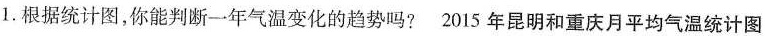
1.根据统计图，你能判断一年气温变化的趋势吗? 2015年昆明和重庆月平均气温统计图